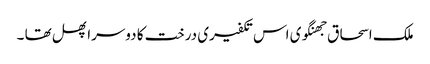
ملک اسحاق جھنگوی اس تکفیری درخت کا دوسرا پھل تھا ۔